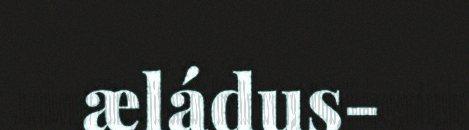
æládus-